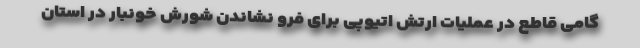
گامی قاطع در عملیات ارتش اتیوپی برای فرو نشاندن شورش خونبار در استان